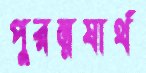
পুরম্নষার্থ